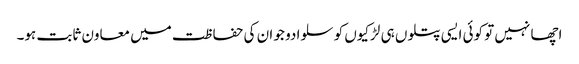
اچھا نہیں تو کوئی ایسی پتلوں ہی لڑکیوں کو سلوا دو جو ان کی حفا ظت میں معاون ثابت ہو۔